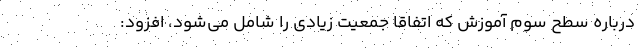
درباره سطح سوم آموزش که اتفاقا جمعیت زیادی را شامل می‌شود، افزود: